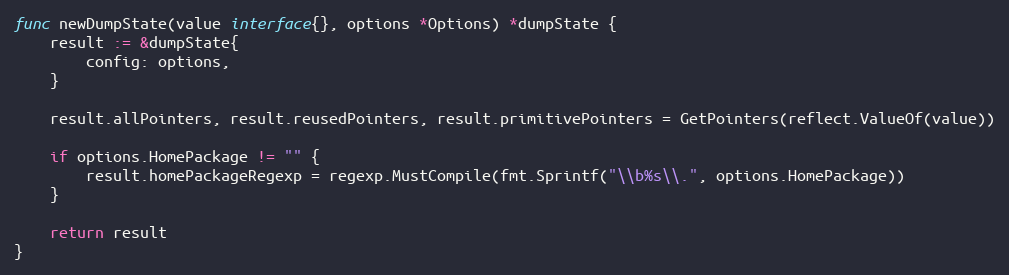
Language: Go
func newDumpState(value interface{}, options *Options) *dumpState {
	result := &dumpState{
		config: options,
	}

	result.allPointers, result.reusedPointers, result.primitivePointers = GetPointers(reflect.ValueOf(value))

	if options.HomePackage != "" {
		result.homePackageRegexp = regexp.MustCompile(fmt.Sprintf("\\b%s\\.", options.HomePackage))
	}

	return result
}